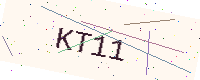
Text: KT11